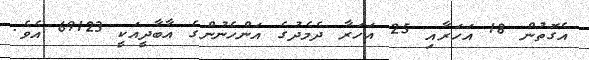
އެގޮތުން 18 އަހަރާއި 25 އަހަރާ ދެމެދުގެ އަންހެނުންގެ އާބާދީއަކީ 69123 އެވެ.